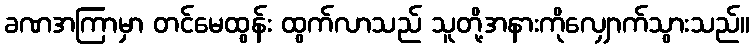
ခဏအကြာမှာ တင်မေထွန်း ထွက်လာသည် သူတို့အနားကိုလျှောက်သွားသည်။